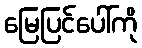
မြေပြင်ပေါ်ကို